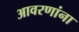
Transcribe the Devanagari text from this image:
आवरणांना